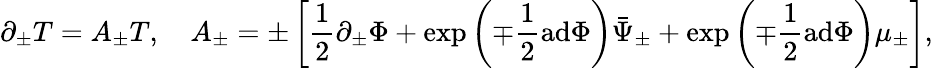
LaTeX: \partial_{\pm}T=A_{\pm}T,{}~~~~A_{\pm}=\pm\left[\frac{1}{2}\partial_{\pm}\Phi+\exp\left(\mp\frac{1}{2}\mathrm{ad}\Phi\right)\bar{\Psi}_{\pm}+\exp\left(\mp\frac{1}{2}\mathrm{ad}\Phi\right)\mu_{\pm}\right],